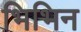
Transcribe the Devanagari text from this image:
भिभिन